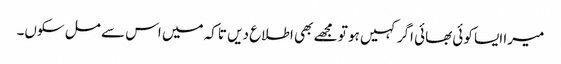
میرا ایسا کوئی بھائی اگر کہیں ہو تو مجھے بھی اطلاع دیں تاکہ میں اس سے مل سکوں۔